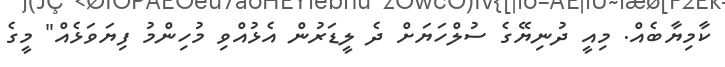
ކާމިޔާބެއް. މިއީ ދުނިޔޭގެ ސުލްހަޔަށް ދެ ލީޑަރުން އެޅުއްވި މުހިންމު ފިޔަވަޅެއް" މީގެ